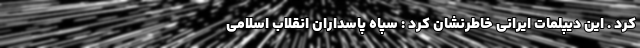
کرد . این دیپلمات ایرانی خاطرنشان کرد : سپاه پاسداران انقلاب اسلامی